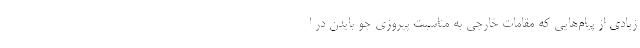
زیادی از پیام‌هایی که مقامات خارجی به مناسبت پیروزی جو بایدن در ا